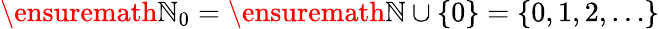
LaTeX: \ensuremath{\mathbb{N}}_{0}=\ensuremath{\mathbb{N}}\cup\{ 0\} =\{ 0,1,2,\ldots\}